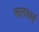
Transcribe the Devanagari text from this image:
भातसाई